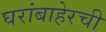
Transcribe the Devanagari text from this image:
घरांबाहेरची